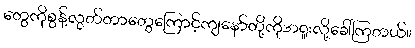
တွေကိုစွန့်လွတ်တာတွေကြောင့်ကျနော်တို့ကိုအရူးလို့ခေါ်ကြတယ်။